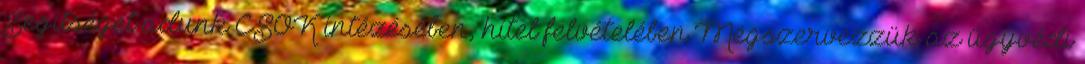
Segítséget adunk CSOK intézésében, hitel felvételében Megszervezzük az ügyvédi